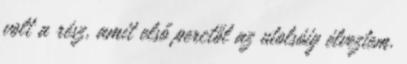
volt a rész, amit első perctől az utolsóig élveztem.